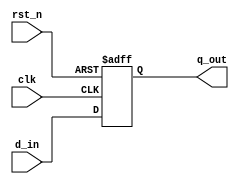
module register_example (
    input wire clk,          // Clock input
    input wire rst_n,       // Active-low reset
    input wire [7:0] d_in,  // Data input
    output reg [7:0] q_out   // Data output
);

    // Initial block to set initial conditions
    initial begin
        q_out <= 8'b00000000; // Initialize the output register to 0
    end

    // Always block to model sequential logic
    always @(posedge clk or negedge rst_n) begin
        if (!rst_n) begin
            q_out <= 8'b00000000; // Reset the register on active-low reset
        end else begin
            q_out <= d_in; // Update the register with the input data on clock edge
        end
    end

endmodule